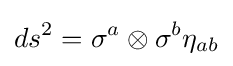
ds^{2}=\sigma ^{a}\otimes \sigma ^{b}\eta _{ab}